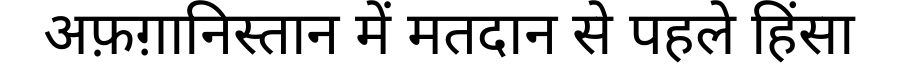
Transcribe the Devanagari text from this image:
अफ़ग़ानिस्तान में मतदान से पहले हिंसा